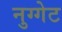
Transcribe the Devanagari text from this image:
नुग्गेट